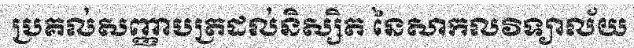
ប្រគល់សញ្ញាបត្រដល់និស្សិត នៃសាកលវិទ្យាល័យ